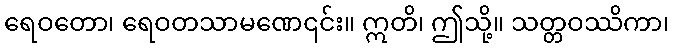
ရေဝတော၊ ရေဝတသာမဏေ၎င်း။ ဣတိ၊ ဤသို့။ သတ္တဝဿိကာ၊